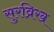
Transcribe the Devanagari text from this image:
सुरव्रिख